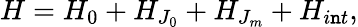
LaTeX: H=H_{0}+H_{J_{0}}+H_{J_{m}}+H_{i\mathtt{n}t},